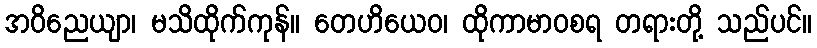
အဝိညေယျာ၊ မသိထိုက်ကုန်။ တေဟိယေဝ၊ ထိုကာမာဝစရ တရားတို့ သည်ပင်။